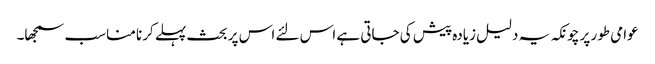
عوامی طور پر چونکہ یہ دلیل زیادہ پیش کی جاتی ہے اس لئے اس پر بحث پہلے کرنا مناسب سمجھا۔